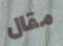
مقال